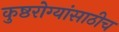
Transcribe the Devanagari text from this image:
कुष्ठरोग्यांसाठीच